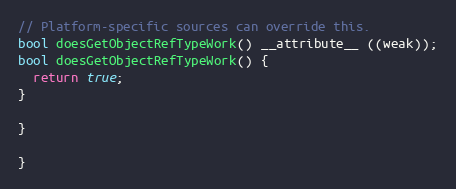
Language: C++
// Platform-specific sources can override this.
bool doesGetObjectRefTypeWork() __attribute__ ((weak));
bool doesGetObjectRefTypeWork() {
  return true;
}

}

}